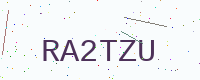
Text: RA2TZU